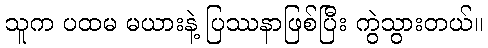
သူက ပထမ မယားနဲ့ ပြဿနာဖြစ်ပြီး ကွဲသွားတယ်။